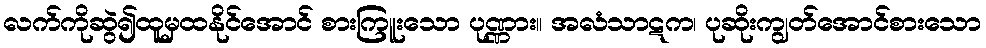
လက်ကိုဆွဲ၍ထူမှထနိုင်အောင် စားကြူးသော ပုဏ္ဏား။ အလံသာဋက၊ ပုဆိုးကျွတ်အောင်စားသော